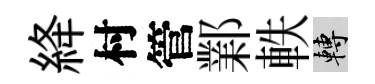
絳村管鄴軼轉